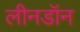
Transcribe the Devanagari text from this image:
लीनडॉन